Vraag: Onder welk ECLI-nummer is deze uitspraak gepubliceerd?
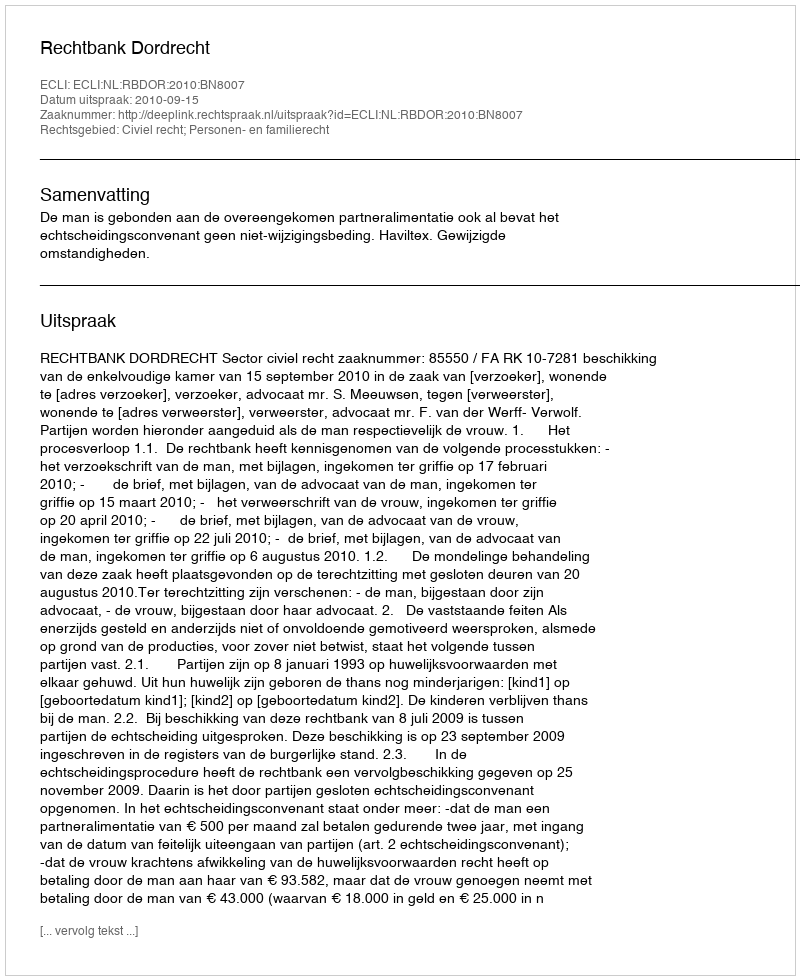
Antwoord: ECLI:NL:RBDOR:2010:BN8007